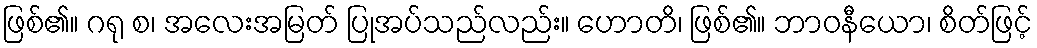
ဖြစ်၏။ ဂရု စ၊ အလေးအမြတ် ပြုအပ်သည်လည်း။ ဟောတိ၊ ဖြစ်၏။ ဘာဝနီယော၊ စိတ်ဖြင့်